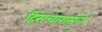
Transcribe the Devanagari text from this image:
हिंसचारामुळे